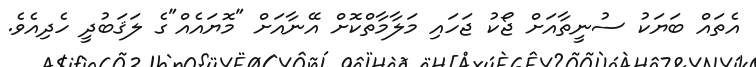
އެތައް ބަޔަކު ސުނީތާއަށް ޖޯކު ޖަހައި މަލާމާތްކޮށް އޭނާއަށް "މޮޔައެއް"ގެ ލަޤަބުދީ ހެދިއެވެ.